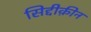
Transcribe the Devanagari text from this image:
सिद्दीक़ीन